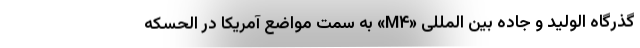
گذرگاه الولید و جاده بین المللی «M۴» به سمت مواضع آمریکا در الحسکه